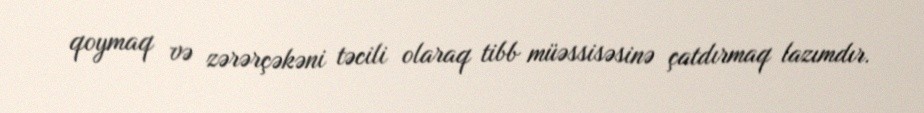
qoymaq və zərərçəkəni təcili olaraq tibb müəssisəsinə çatdırmaq lazımdır.